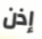
إذن